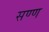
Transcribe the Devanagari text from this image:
सण्ण